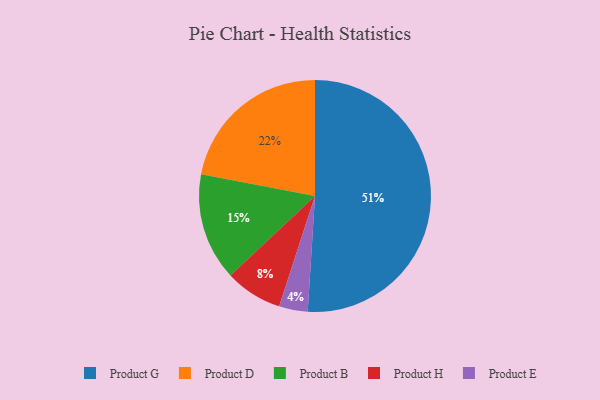
{"axis": {"x": "Category", "y": "Percentage"}, "legend": ["Product B", "Product D", "Product E", "Product G", "Product H"], "data": [{"x": "Product D", "y": 22, "type": "Product D"}, {"x": "Product B", "y": 15, "type": "Product B"}, {"x": "Product G", "y": 51, "type": "Product G"}, {"x": "Product H", "y": 8, "type": "Product H"}, {"x": "Product E", "y": 4, "type": "Product E"}]}